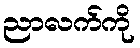
ညာလက်ကို